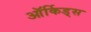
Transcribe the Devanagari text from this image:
ऑर्किड्‌स